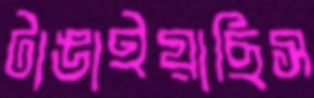
টাঙাইয়াছিস